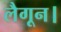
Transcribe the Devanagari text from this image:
लैगून।